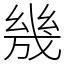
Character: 㡬